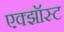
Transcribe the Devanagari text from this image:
एक्झॉस्ट